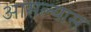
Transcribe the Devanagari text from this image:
आसल्यास